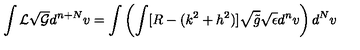
\int { \cal L } \sqrt { \cal G } d ^ { n + N } v = \int \left( \int [ R - ( k ^ { 2 } + h ^ { 2 } ) ] \sqrt { \tilde { g } } \sqrt { \epsilon } d ^ { n } v \right) d ^ { N } v